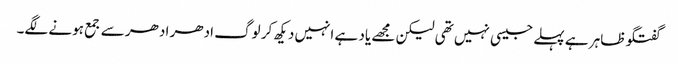
گفتگو ظاہر ہے پہلے جیسی نہیں تھی لیکن مجھے یاد ہے انہیں دیکھ کر لوگ ادھر ادھر سے جمع ہونے لگے۔